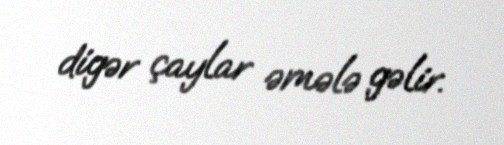
digər çaylar əmələ gəlir.